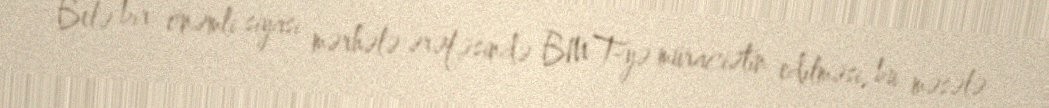
Belə bir önəmli siyasi mərhələ ərəfəsində BMT-yə müraciətin edilməsi, bu məsələ